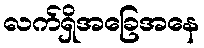
လက်ရှိအခြေအနေ